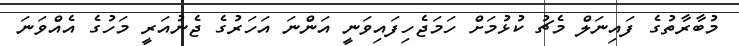
މުބާރާތުގެ ފައިނަލް މެޗު ކުޅުމަށް ހަމަޖެހިފައިވަނީ އަންނަ އަހަރުގެ ޖެނުއަރީ މަހުގެ އެއްވަނަ